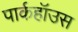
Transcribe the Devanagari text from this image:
पार्कहॉउस